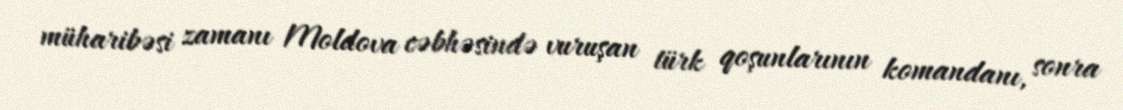
müharibəsi zamanı Moldova cəbhəsində vuruşan türk qoşunlarının komandanı, sonra